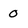
Character: 0